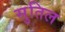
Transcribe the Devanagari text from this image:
सुतिल